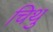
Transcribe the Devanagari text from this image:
चिथु